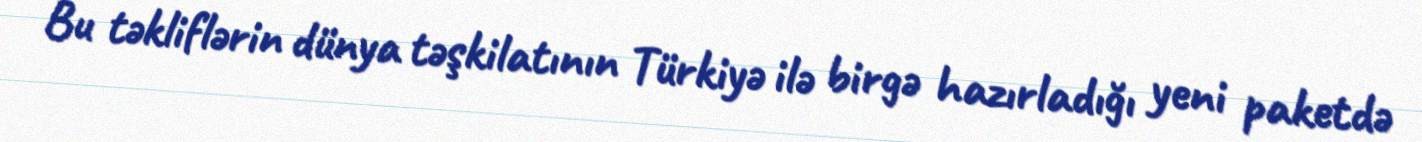
Bu təkliflərin dünya təşkilatının Türkiyə ilə birgə hazırladığı yeni paketdə